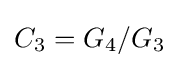
C_{3}=G_{4}/G_{3}